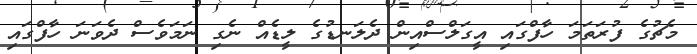
މެޗުގެ ފުރަތަމަ ހާފްގައި އީގަލްސްއިން ދެލަނޑުގެ ލީޑެއް ނެގި ނަމަވެސް ދެވަނަ ހާފްގައި